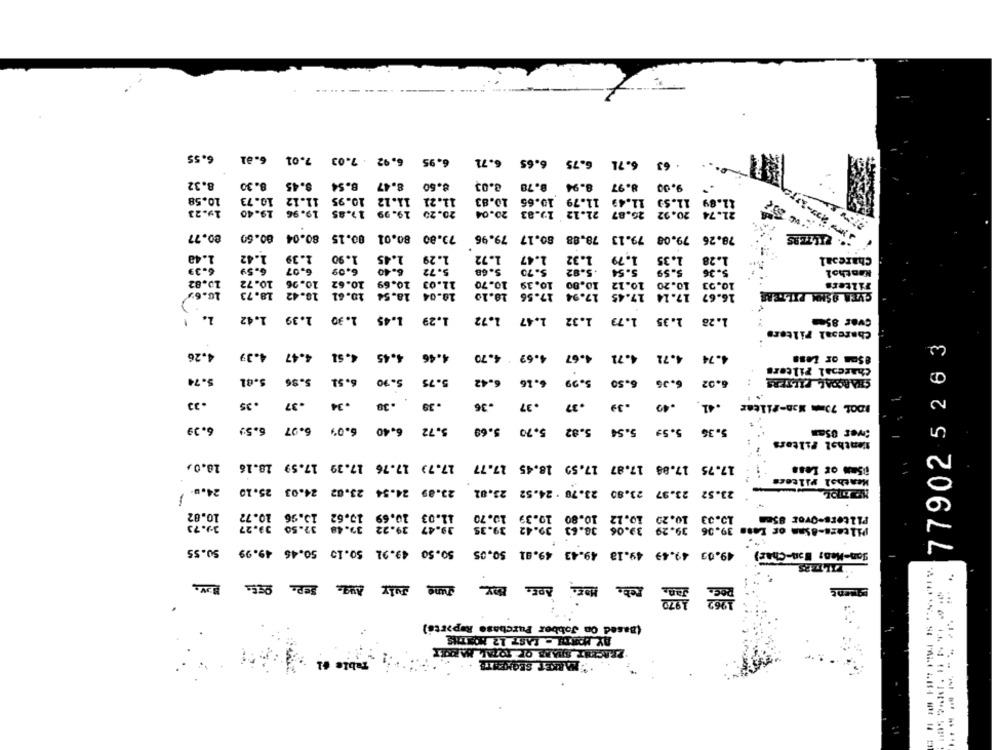
6.55
6.95 6.92 7.03 7.01 6.81
6.75 6.65 6.71
6.71
. 63
8.32
8.47 8.54 8.45 8.30
8.50
3.03
8.78
8.94
8.97
9.00
10.58
11.21 11.12 10.95 11.12 10.73
11.79 10.65 10.83
11.89 11.53 11.49
19.23
20.20 19.99 17.85 19.96 19.40
26.87
21.12 19.83 20.04
21.74 20.92
.. FILTERS
80.77
73.80 80.01 00.15 80.04 80.60
78.26 79.08 79.13 78.88 80.17 79.96
1.48
1.42
1.39 1.42
1.39
1.72
1.90
1.45
1.29
1.47
1.32
1.79
1.35
1.28
Charcoal
6.39
6.59
6.07
6.09
6.40
5.72
5.68
5.70
.5.92
5.54
5.59
5.36
Nenthol
10.82
10.72
10.96
10.62
20.69
11.03
10.70
10.39
10.00
10.12
10.20
10.33
Filters
10.04 18.54 10.61 18.42 18.73
16.67 17.14 17.45 17.94 17.56 18.10
SVEA OSNM PILTERE
10.6
1.
1.45 1.30
1.42
1.39
1.29
1.72
1.47
1.79 1.32
1.35
1.28
Svar 85mm
Charcoal Filters
77902 5 26 3
4.26
4.39
4.47
4.51
4.45
4.46
4.69 4.70
4.67
4.71
4.72
4.74
4.74 4.72
8Sma or Less
Charcoal Filters
5.74
5.81
5.36
6.51
5.90
5.75
6.42
6.16
5.99
6.50
6.36
6.02
CHARCOAL FILTERS
.23
.35
.37
.34
.30
.39
.36
.37
.37
.39
.40
.41
IDOL 73mm Mon-filter
6.39
6.59
6.97
6.09
6.40
5.69
5.82 5.70 5.69
5.54
5.36 5.59
5.72
:ver 85mm
fenthal Filters
10.0,
17.79 17.76 17.39 17.59 18.16
17.75 17.88 17.87 17.50 18.45 17.77
05mm or Less
Heathal Filters
24.u.
23.89 24.54 23.02 24.03 25.10 24.6.
. 1
23.52 23.97 23.80 23.70 . 24.52 23.01
10.02
10.72
10.69 15.62 15.96
10.33 10.20 10.12 10.80 19.39 10.70
PLLters-Ovoc 85mm
3%.70
39.47 29.22 32.48 32.50 09.27
32-42
Pilcars-8Sam or Less 39.06 39.29 39.06 38.63 39.42 39.35
50.55
50.50 49.91 50.15 50.46 49.99
49.03 49.49 49.18 49.43 49.81 50.05
Jon-Men: Wan-Char)
"FILIZRS
Jung July Aug. Sep. Ost. av.
Har. Apr. Bay
Feb.
Jan
..
(Based On Jobber Purchase Reporte)
AY MORTH - LAST 12 MONTHS
Table #1
PARKET SEGUENTE
--------